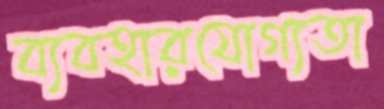
ব্যবহারযোগ্যতা